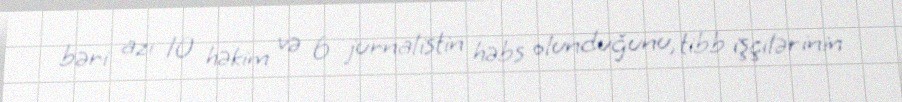
bəri azı 10 həkim və 6 jurnalistin həbs olunduğunu, tibb işçilərinin